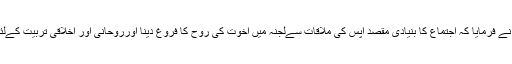
حضور انور ایدہ اللہ تعالیٰ بنصرہ العزیز نے فرمایا کہ اجتماع کا بنیادی مقصد آپس کی ملاقات سےلجنہ میں اخوت کی روح کا فروغ دینا اورروحانی اور اخلاقی تربیت کےلئے مختلف پروگراموں کا انعقاد کرنا ہے۔